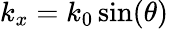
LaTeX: k_{x}=k_{0}\sin(\theta)